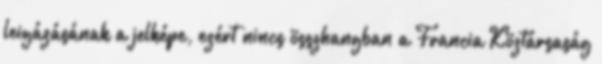
leigázásának a jelképe, ezért nincs összhangban a Francia Köztársaság